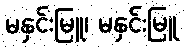
မနှင်းမြူ၊ မနှင်းမြူ